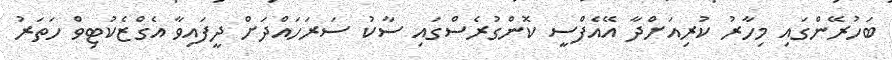
ބަހުރޭންގައި މިހާރު ކުރިއަށްދާ އޭއެފްސީ ކޮންގުރެސްގައި ސާކު ސަރަހައްދަަށް ދީފައިވާ އެގްޒެކުޓިވް ހަތަރު